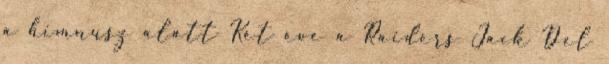
a himnusz alatt Két éve a Raiders Jack Del